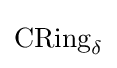
{\textstyle \mathrm {CRing} _{\delta }}